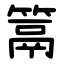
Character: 䈪